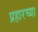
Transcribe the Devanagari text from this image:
प्रहारच्या